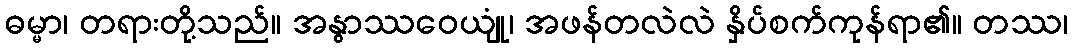
ဓမ္မာ၊ တရားတို့သည်။ အနွာဿဝေယျုံ၊ အဖန်တလဲလဲ နှိပ်စက်ကုန်ရာ၏။ တဿ၊